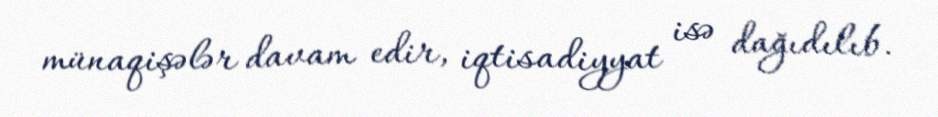
münaqişələr davam edir, iqtisadiyyat isə dağıdılıb.